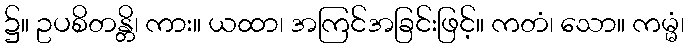
၌။ ဥပစိတန္တိ၊ ကား။ ယထာ၊ အကြင်အခြင်းဖြင့်။ ကတံ၊ သော။ ကမ္မံ၊